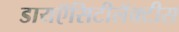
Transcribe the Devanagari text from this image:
डायऍसिटीलॅक्‍टीस